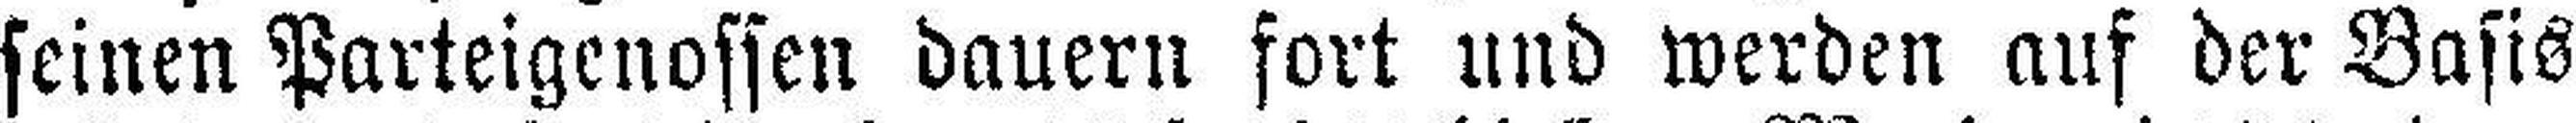
seinen Parteigenossen dauern fort und werden auf der Basis